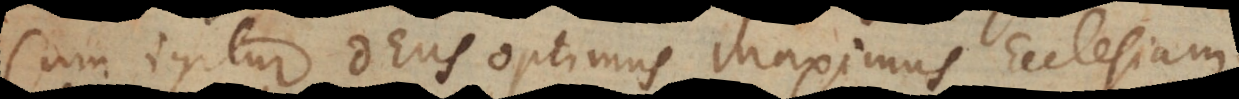
Cum igitur Deus optimus maximus Ecclesiam